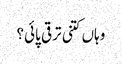
وہاں کتنی ترقی پائی؟